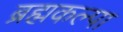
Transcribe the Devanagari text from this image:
ब्रह्मकल्पा